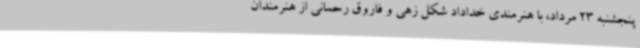
پنجشنبه 23 مرداد، با هنرمندی خداداد شکل زهی و فاروق رحمانی از هنرمندان